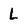
Character: L